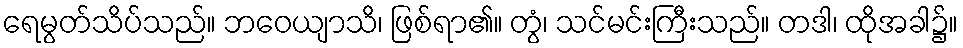
ရေမွတ်သိပ်သည်။ ဘဝေယျာသိ၊ ဖြစ်ရာ၏။ တွံ၊ သင်မင်းကြီးသည်။ တဒါ၊ ထိုအခါ၌။